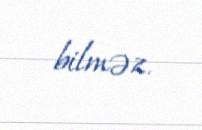
bilməz.